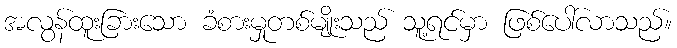
အလွန်ထူးခြားသော ခံစားမှုတစ်မျိုးသည် သူ့ရင်မှာ ဖြစ်ပေါ်လာသည်။